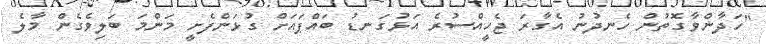
"ހަދާންވާގޮތުން ހެނދުނު އެގާރަ ޖެހީއްސުރެ އަޅުގަނޑު ބައްޕައަށް ގުޅަންފެށީ މަންމަ ބަލިވެގެން މާލެ